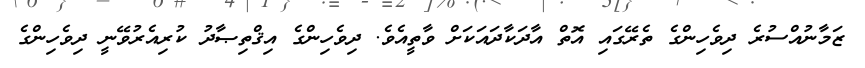
ޒަމާނުއްސުރެ ދިވެހިންގެ ތެރޭގައި އޮތް އާދަކާދައަކަށް ވާތީއެވެ. ދިވެހިންގެ އިޤްތިޞާދު ކުރިއެރުވޭނީ ދިވެހިންގެ